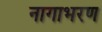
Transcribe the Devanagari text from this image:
नागाभरण